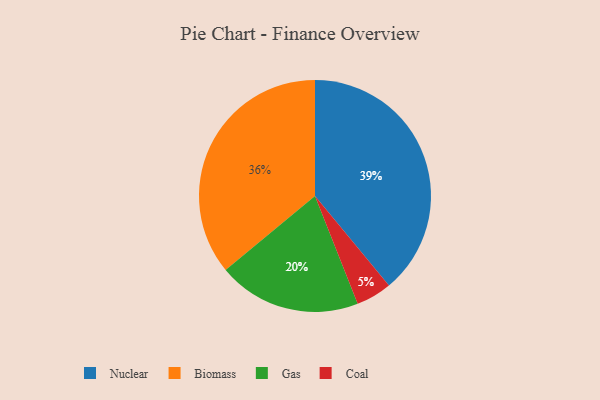
{"axis": {"x": "Category", "y": "Percentage"}, "legend": ["Biomass", "Coal", "Gas", "Nuclear"], "data": [{"x": "Gas", "y": 20, "type": "Gas"}, {"x": "Coal", "y": 5, "type": "Coal"}, {"x": "Nuclear", "y": 39, "type": "Nuclear"}, {"x": "Biomass", "y": 36, "type": "Biomass"}]}